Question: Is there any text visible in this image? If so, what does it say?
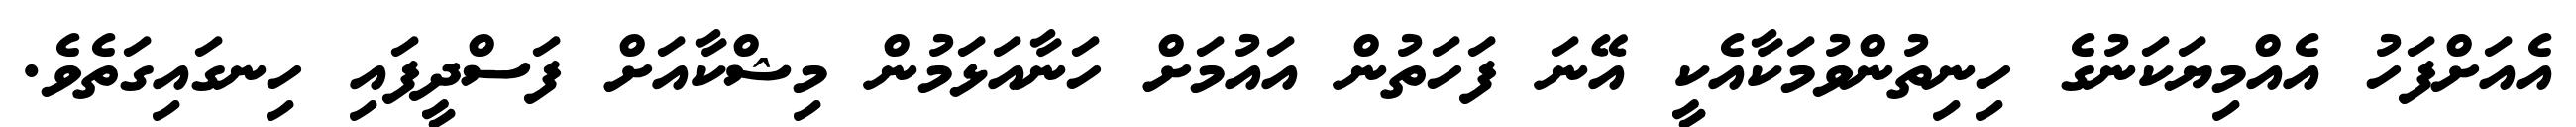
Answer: އެއަށްފަހު އެއްމިޔަކަނުގެ ހިނިތުންވުމަކާއެކީ އޭނަ ފަހަތުން އައުމަށް ހަނާއަޅަމުން މިޝްކާއަށް ފަސްދީފައި ހިނގައިގަތެވެ.